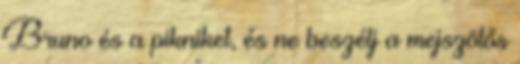
Bruno és a pikniket, és ne beszélj a mejszölős